Indian Medical Review
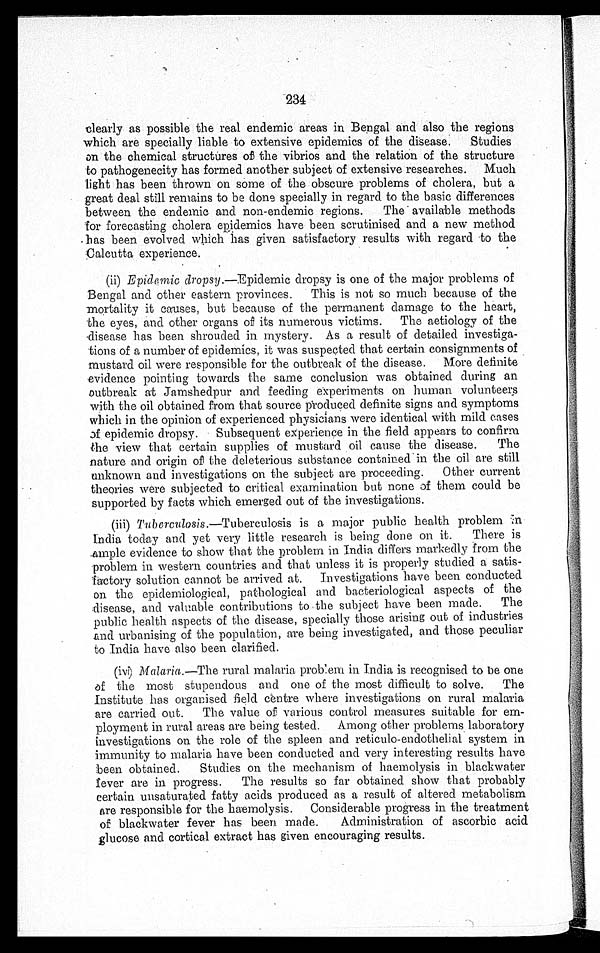
234
clearly as possible the real endemic areas in Bengal and also the regions
which are specially liable to extensive epidemics of the disease. Studies
on the chemical structures of the vibrios and the relation of the structure
to pathogenecity has formed another subject of extensive researches. Much
li ght has been thrown on some of the obscure problems of cholera, but a
great deal still remains to be done specially in regard to the basic differences
between the endemic and non-endemic regions. The' available methods
for forecasting cholera epidemics have been scrutinised and a new method
. has been evolved which has given satisfactory results with regard to the
'Calcutta experience.
(ii) Epidemic dropsy.—Epidemic dropsy is one of the major problems of
Bengal and other eastern provinces. This is not so much because of the
mortality it causes, but because of the permanent damage to the heart,
the eyes, and other organs of its numerous victims. The aetiology of the
disease has been shrouded in. mystery. As a result of detailed investiga-
tions of a number of epidemics, it was suspected that certain consignments of
mustard oil were responsible for the outbreak of the disease. More definite
evidence pointing towards the same conclusion was obtained during an
outbreak at Jamshedpur and feeding experiments on human. volunteers
with the oil obtained from that source produced definite signs and symptoms
which in the opinion of experienced physicians were identical with mild cases
of epidemic dropsy. - Subsequent experience in the field appears to confirm
the view that certain supplies of mustard oil cause the disease. The
nature and origin of the deleterious substance contained . in the oil are still
unknown and investigations on the subject are proceeding. Other current
theories were subjected to critical examination but none of them could be
supported by facts which emerged out of the investigations.
(iii) Tuberculosis.—Tuberculosis is a major public health problem in
India today and yet very little research is being done on it.
There is
.ample evidence to show that the problem in India differs markedly from the
problem in western countries and that unless it is properly studied a satis-
factory solution cannot be arrived at. Investigations have been conducted
on the epidemiological, pathological and bacteriological aspects of the
:disease, and valuable contributions to the subject have been made.
The
public health aspects of the disease, specially those arising out of industries
and urbanising of the population, are being investigated, and those peculiar
to India have also been clarified.
(iv Malaria.—The rural malaria problem in India is recognised to be one
of the most stupendous and one of the most difficult to solve. The
Institute has organised field centre where investigations on rural malaria
are carried out. The value of various control measures suitable for em-
ployment in rural areas are being tested. Among other problems laboratory
investigations on the role of the spleen and reticulo-endothelial system in
immunity to malaria have been conducted and very interesting results have
been obtained.
Studies on the mechanism of haemolysis in backwater
fever are in progress. The results so far obtained show that probably
certain unsaturated fatty acids produced as a result of altered metabolism
are responsible for the haemolysis. Considerable progress in the treatment
of blackwater fever has been made.
Administration of ascorbic acid
glucose and cortical extract has given encouraging results.